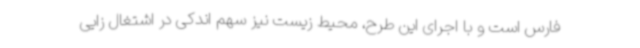
فارس است و با اجرای این طرح، محیط زیست نیز سهم اندکی در اشتغال زایی